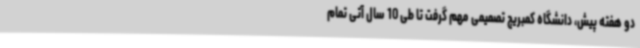
دو هفته پیش، دانشگاه کمبریج تصمیمی مهم گرفت تا طی 10 سال آتی تمام